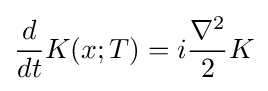
{\frac {d}{dt}}K(x;T)=i{\frac {\nabla ^{2}}{2}}K